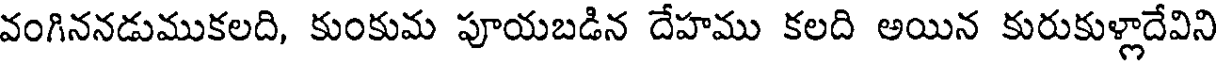
వంగిననడుముకలది, కుంకుమ పూయబడిన దేహము కలది అయిన కురుకుళ్లాదేవిని